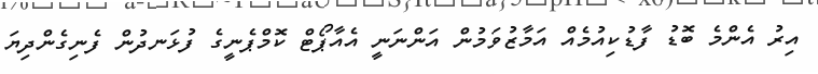
އިރު އެންމެ ބޮޑު ފާޑުކިއުމެއް އަމާޒުވަމުން އަންނަނީ އެއާޕޯޓް ކޮމްޕެނީގެ ފުޅަނދުން ފެނިގެންދިޔަ